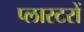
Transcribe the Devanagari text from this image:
प्लास्टरों